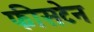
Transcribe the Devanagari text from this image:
फीसटेन